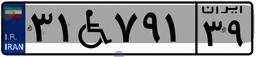
۳۱W۷۹۱۳۹